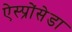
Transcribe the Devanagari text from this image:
ऐस्प्रोंसेडा